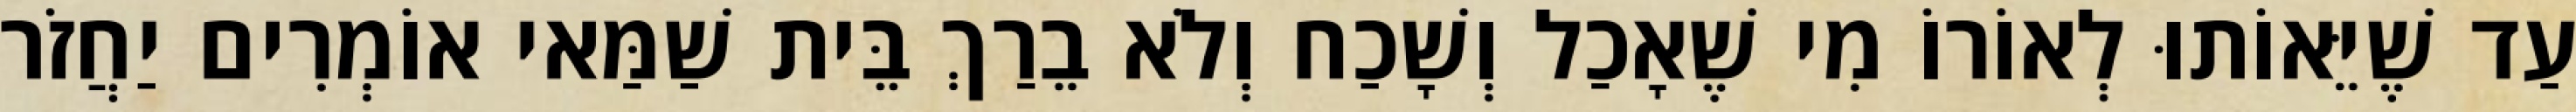
עַד שֶׁיֵּאוֹתוּ לְאוֹרוֹ מִי שֶׁאָכַל וְשָׁכַח וְלֹא בֵרַךְ בֵּית שַׁמַּאי אוֹמְרִים יַחֲזֹר